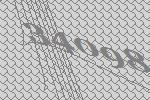
34098